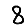
Digit: 8